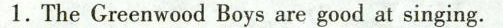
1. The Greenwood Boys are good at singing.